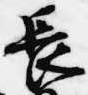
長